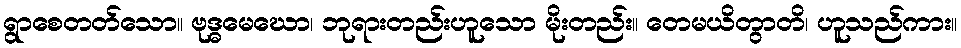
ရွာစေတတ်သော။ ဗုဒ္ဓမေဃော၊ ဘုရားတည်းဟူသော မိုးတည်း။ တေမယိတွာတိ၊ ဟူသည်ကား။